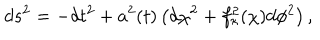
d s ^ { 2 } = - d t ^ { 2 } + a ^ { 2 } ( t ) \left( d \chi ^ { 2 } + f _ { \kappa } ^ { 2 } ( \chi ) d \phi ^ { 2 } \right) ,